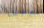
موقفا